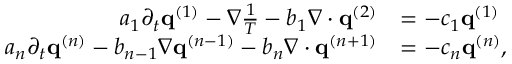
\begin{array} { r l } { a _ { 1 } \partial _ { t } \mathbf q ^ { ( 1 ) } - \nabla \frac { 1 } { T } - b _ { 1 } \nabla \cdot \mathbf q ^ { ( 2 ) } } & { = - c _ { 1 } \mathbf q ^ { ( 1 ) } } \\ { a _ { n } \partial _ { t } \mathbf q ^ { ( n ) } - b _ { n - 1 } \nabla \mathbf q ^ { ( n - 1 ) } - b _ { n } \nabla \cdot \mathbf q ^ { ( n + 1 ) } } & { = - c _ { n } \mathbf q ^ { ( n ) } , } \end{array}